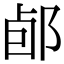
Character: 𨛕